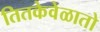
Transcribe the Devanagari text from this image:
तितकेवेळातो